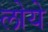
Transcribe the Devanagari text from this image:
लोये